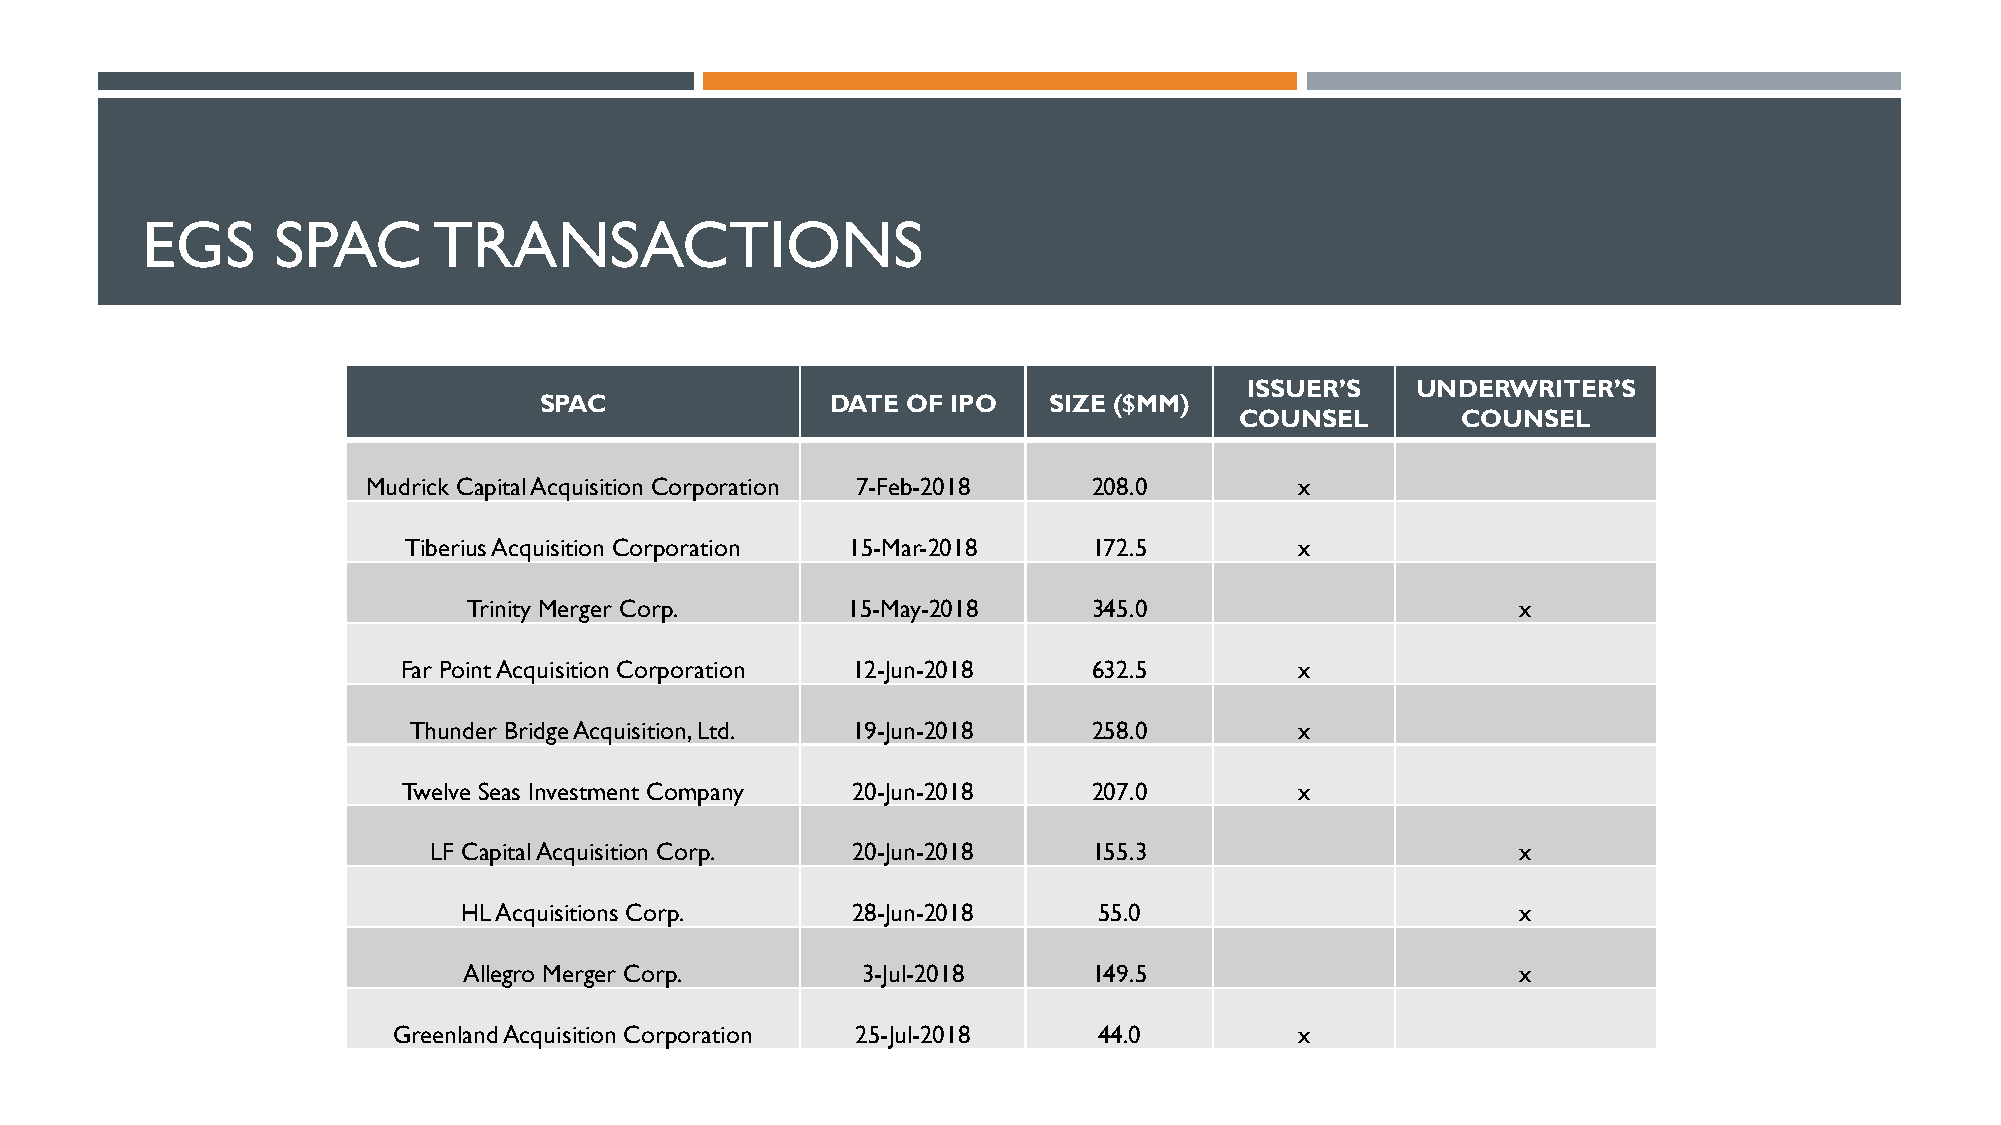
EGS      SPAC       TRANSACTIONS
 ISSUER’S   UNDERWRITER’S
 SPAC               DATE OF IPO   SIZE ($MM)
 COUNSEL        COUNSEL
 Mudrick Capital Acquisition Corporation 7-Feb-2018 208.0      x
 Tiberius Acquisition Corporation 15-Mar-2018 172.5         x
 Trinity Merger Corp.     15-May-2018     345.0                        x
 Far Point Acquisition Corporation 12-Jun-2018 632.5        x
 Thunder Bridge Acquisition, Ltd. 19-Jun-2018 258.0         x
 Twelve Seas Investment Company 20-Jun-2018   207.0         x
 LF Capital Acquisition Corp. 20-Jun-2018    155.3                        x
 HL Acquisitions Corp.    28-Jun-2018      55.0                        x
 Allegro Merger Corp.      3-Jul-2018     149.5                        x
 Greenland Acquisition Corporation 25-Jul-2018  44.0         x